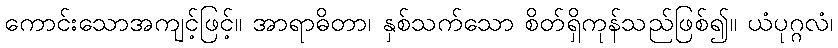
ကောင်းသောအကျင့်ဖြင့်။ အာရာဓိတာ၊ နှစ်သက်သော စိတ်ရှိကုန်သည်ဖြစ်၍။ ယံပုဂ္ဂလံ၊